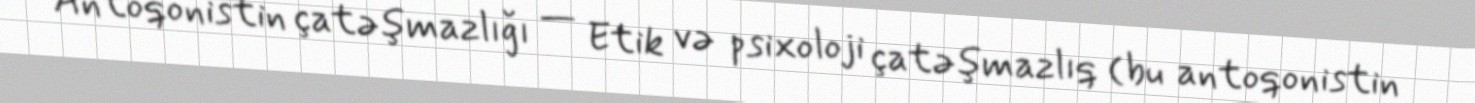
Antoqonistin çatəşmazlığı — Etik və psixoloji çatəşmazlıq (bu antoqonistin